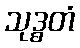
သုဒ္ဓတံ